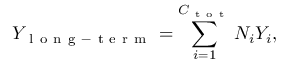
Y _ { \mathrm { ~ l ~ o ~ n ~ g ~ - ~ t ~ e ~ r ~ m ~ } } = \sum _ { i = 1 } ^ { C _ { \mathrm { ~ t ~ o ~ t ~ } } } N _ { i } Y _ { i } ,